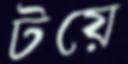
টয়ে